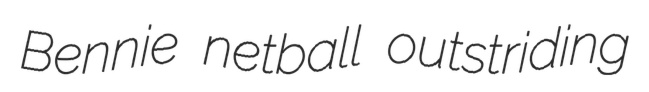
Bennie netball outstriding